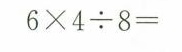
$$6 \times 4 \div 8 =$$